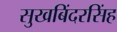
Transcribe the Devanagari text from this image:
सुखबिंदरसिंह